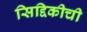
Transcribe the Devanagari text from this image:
सिद्दिकीची